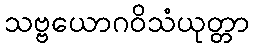
သဗ္ဗယောဂဝိသံယုတ္တာ